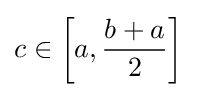
c\in \left[a,{\dfrac {b+a}{2}}\right]